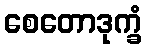
စေတောဒုက္ခံ